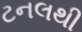
ટનલથી